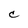
Character: C